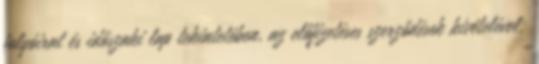
folyóirat és időszaki lap tekintetében, az előfizetéses szerződések kivételével;